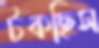
টকছিস